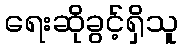
ရေးဆိုခွင့်ရှိသူ